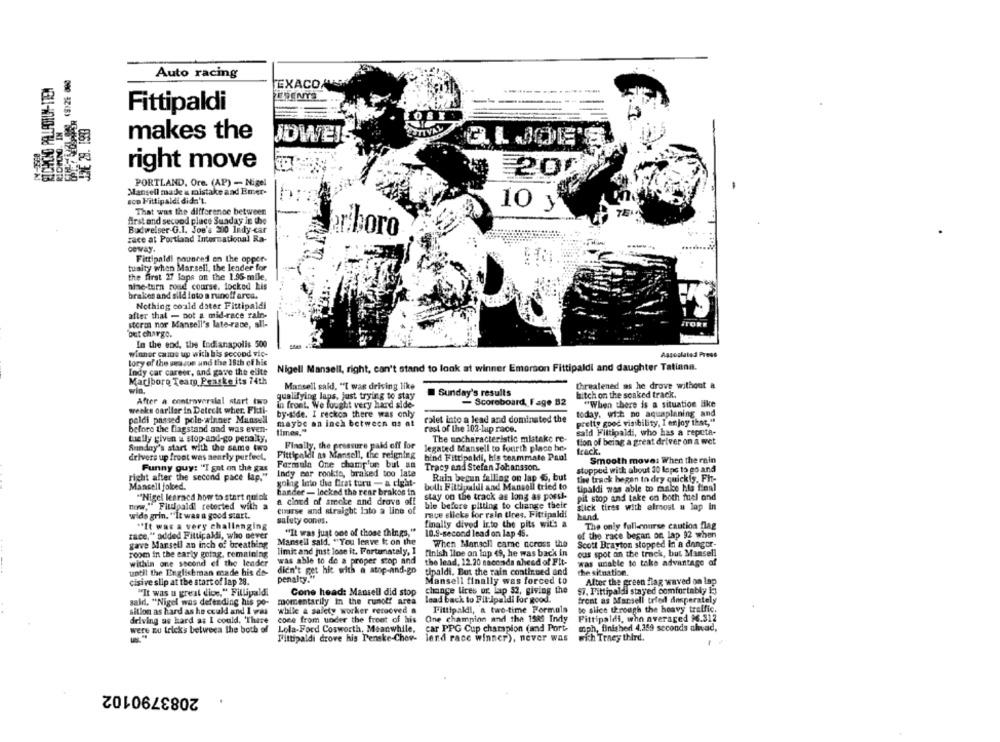
Auto racing
TEXACO
--
Fittipaldi
JDE 29. 1939
makes the
JOWEJ
right move
200
PORTLAND, Ore. (AP) - Nigel
Mansell made & mistake and Emer-
soo Fittipaldi didn't.
10 y
That was the difference between
TE
first and second place Suaday in the
Budweiser G.I. Joe's 200 Indy-car
ar boro
race at Portland International Ra-
ceway.
Fittipaldi pounced on the oppor-
tuaity when Marsell, the leader for
the first 27 laps on the 1.95-mile,
nine-turn road course, locked kis
bralces and sild loto a runoff area.
Nothing could dater Fittipaldi
after that - not a mid-race raln.
storm nor Mansell's late-race, all-
TORE
'out charge.
In the end, the indianapolis 500
winner came up with his second vic-
Associated Press
tory of the season and the 15th of his
Indy car career, and gave the elite
Nigell Mansell, right, can't stand to look at winner Emerson Fittipaldi and daughter Tatiana.
Marlboro Team Peaske its 74th
Mansell said, "I was driving like
threatened as he drove without a
wia.
Sunday's results
bitch on the soaked track.
After a controversial start two
qualifying laps, just trying to stay
In front. We fought very hard side-
- Scoreboard, Fage 82
"When there is a situation like
weeks oarllar in Deteckt wher. Ficti-
by-side. I reckon there was only
today, wi:t no aquaplaning and
paldi passed pole-winner Mansell
maybe an inch between us at
rolet into a lead and dominated the
pretty good visibility, I enjoy thet,"
before the flagstand and was even-
times."
rest of the 102-lup race.
sald Fittipaldi, who has a reputa-
The uncharacteristic mistake re-
telly given & stop-and-go penalty.
Finally, the pressure paid off for
tion of being a great driver on a wet
Sunday's start with the same two
legated Mansell to fourth place he-
track.
drivers up front was nearly perfect,
Fittipaldi na Mansell, the reigning
bind Fittipaldi, his teammate Paul
Smooth moves When the rain
Funny guy: "I ant on the gas
Formula One champ'un but an
Tracy and Stefan Johansson.
Indy car rookie, braked too late
stopped with about 30 laps to go and
right after the second pace lap."
going loto the first turu - a right-
Rain begun falling on lap 6, but
the track began to dry quickly, Fit-
Mansell folded.
boll: Fittipaldi and Mansoll tried to
tipaldi was able to make his final
""Nigel learned how to start quick
hander - locked the rear brakes in
stay on the track as long as possi-
pit stop and take on both fuel ond
a cloud of smoke and drove off
ble before pitting to change their
non," Fitupald! retorted with a
eparse and straight lato a line of
slick tires with almost a lap in
wide grin. "It was a good start.
safety cones.
rave slicks for rain tires. Fittipaldi!
hand
"It was a very challenging
finally dived into the pits wits a
The only full-course caution flag
zace," added Fittipaldi, who never
"It was just one of those things,"
10.8-second lead on lap 45.
of the race began on lap 92 when
Mansell sald. "You leave It on the
gave Mansell an inch of breathing
When Mansoll came across the
Scott Brayton stopped in a danger-
room in the early going, remaining
limit and just lose it. Fortunately, 1
finish line on lap 49, he was back in
ous spot on the track, but Mansell
within one second ef the leader
was able to de a proper stop and
the lead, 12.20 saccaids ahead of Fit-
was unable to take advantage of
until the Tinglistman made his de-
didn't get hie with a atop-and-go
tipaldi. But the rain continued and
the situation.
penalty."
cisive slip at the start of lap 28.
Mansell finally was forced to
After the green flag waved on lap
"It was u great dice," Fillipald,
Cone head: Mansell did stop
change lires ur lap 52, giving the
$7. Fittipaldi stayed comfortably i:)
sald, "Nigel was defending his po-
momentarily in the runot! area
lead back to Fitipaldi for good.
front as Marsell tried desperately
Fittipaldi, a two-time Formula
to slice through the heavy traffic.
sition as hard as he could and I was
while & safety worker removed a
driving as hard as I could. There
come from under the front of his
One champion and the 1580 Indy
Fittipaldi, who averaged 96.312
were zu tricks between the both of
Lola-Ford Cosworth, Meanwhile,
car PPG Cup champion (and Port-
mph, finished 4,259 seconds ahead,
Fittipaldi drove his Penske-Chov- lend race winner), never was
wich Trney third.
2083790102